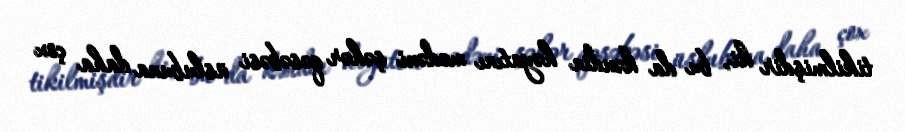
tikilmişdir ki, bu da kəndin həyatını mədəni şəhər qəsəbəsi üslubuna daha çox